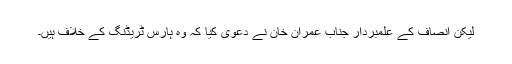
لیکن انصاف کے علمبردار جناب عمران خان نے دعوی کیا کہ وہ ہارس ٹریڈنگ کے خلاف ہیں۔